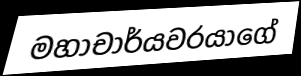
මහාචාර්යවරයාගේ